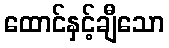
ထောင်နှင့်ချီသော